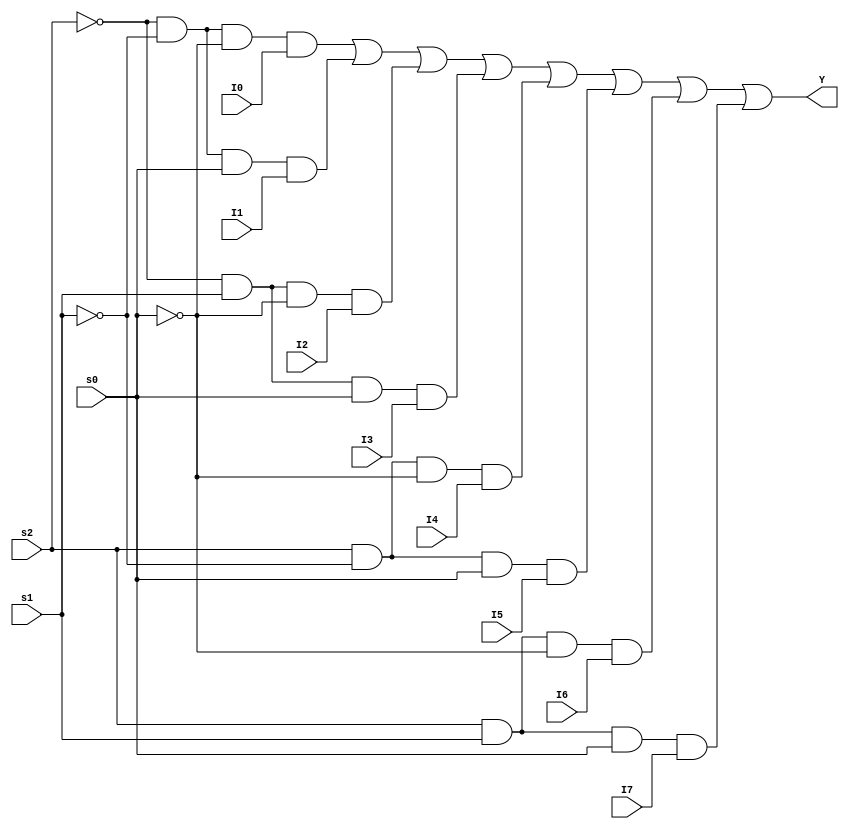
`timescale 1s/1s
module mux(
    input s0,s1,s2,I0,I1,I2,I3,I4,I5,I6,I7,
    output Y
);
assign Y= ((~s2)&(~s1)&(~s0)&(I0))|((~s2)&(~s1)&(s0)&(I1))|((~s2)&(s1)&(~s0)&(I2))|((~s2)&(s1)&(s0)&(I3))|((s2)&(~s1)&(~s0)&(I4))|((s2)&(~s1)&(s0)&(I5))|((s2)&(s1)&(~s0)&(I6)) |  ((s2)&(s1)&(s0)&(I7)) ;
endmodule

module testbench();

reg A,B,C,D;
wire s0,s1,s2,I0,I1,I2,I3,I4,I5,I6,I7;
assign s2=B;
assign s1=C;
assign s0=D;
assign I0=1;
assign I1=1;
assign I2=(~A);
assign I3=A;
assign I4=0;
assign I5=1;
assign I6=1;
assign I7=A;
wire y;
mux m(s0,s1,s2,I0,I1,I2,I3,I4,I5,I6,I7,y);

initial begin
$monitor("A=%b B=%b C=%b D=%b y=%b",A,B,C,D,y);
$dumpfile("amrita.vcd");
$dumpvars(0,testbench);
 A=0;B=0;C=0;D=0;#2;
 A=0;B=0;C=0;D=1;#2;
A=0;B=0;C=1;D=0;#2;
A=0;B=0;C=1;D=1;#2;
A=0;B=1;C=0;D=0;#2;
A=0;B=1;C=0;D=1;#2;
A=0;B=1;C=1;D=0;#2;
A=0;B=1;C=1;D=1;#2;
A=1;B=0;C=0;D=0;#2;
A=1;B=0;C=0;D=1;#2;
A=1;B=0;C=1;D=0;#2;
A=1;B=0;C=1;D=1;#2;
A=1;B=1;C=0;D=0;#2;
A=1;B=1;C=0;D=1;#2;
A=1;B=1;C=1;D=0;#2;
A=1;B=1;C=1;D=1;#2;


$finish;
end
endmodule